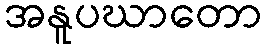
အနူပဃာတော